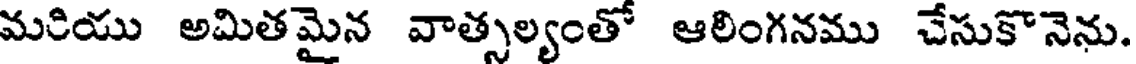
మరియు అమితమైన వాత్సల్యంతో ఆలింగనము చేసుకొనెను.